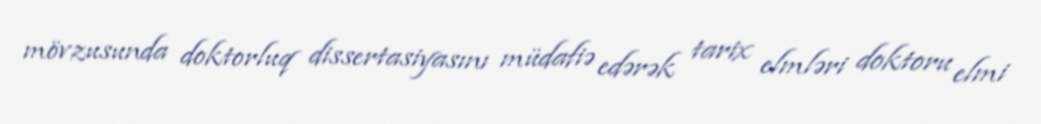
mövzusunda doktorluq dissertasiyasını müdafiə edərək tarix elmləri doktoru elmi